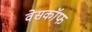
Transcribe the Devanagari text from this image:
वेसकॉफ